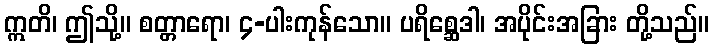
ဣတိ၊ ဤသို့။ စတ္တာရော၊ ၄-ပါးကုန်သော။ ပရိစ္ဆေဒါ၊ အပိုင်းအခြား တို့သည်။